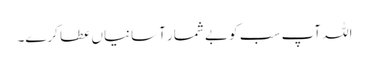
اللہ آپ سب کو بے شمار آسانیاں عطا کرے۔